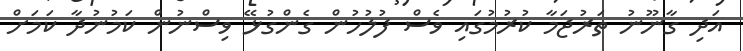
އަދި ގާނޫނު ތަރުޖަމާ ކުރުމުގައި ވެސް ފުލުހުން ގެންގުޅޭ ވިސްނުން ކަމުނުދާ ކަމަށް